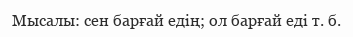
Мысалы: сен барғай едің; ол барғай еді т. б.